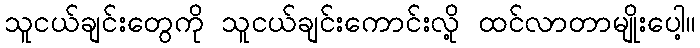
သူငယ်ချင်းတွေကို သူငယ်ချင်းကောင်းလို့ ထင်လာတာမျိုးပေါ့။